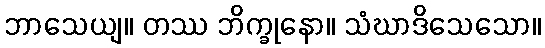
ဘာသေယျ။ တဿ ဘိက္ခုနော။ သံဃာဒိသေသော။